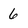
Character: 6